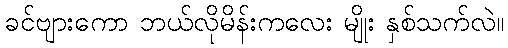
ခင်ဗျားကော ဘယ်လိုမိန်းကလေး မျိုး နှစ်သက်လဲ။